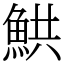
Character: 䱋